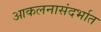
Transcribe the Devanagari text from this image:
आकलनासंदर्भात